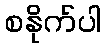
စနိုက်ပါ